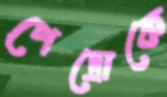
পেদ্রোকে